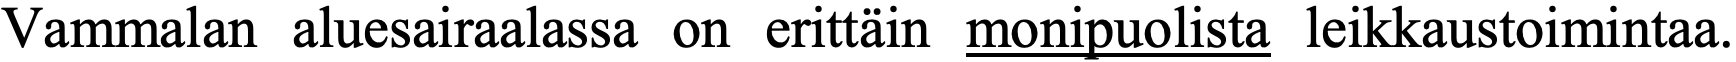
Vammalan  aluesairaalassa on erittäin monipuolista leikkaustoimintaa.